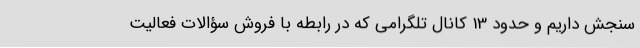
سنجش داریم و حدود 13 کانال تلگرامی که در رابطه با فروش سؤالات فعالیت